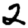
Digit: 2